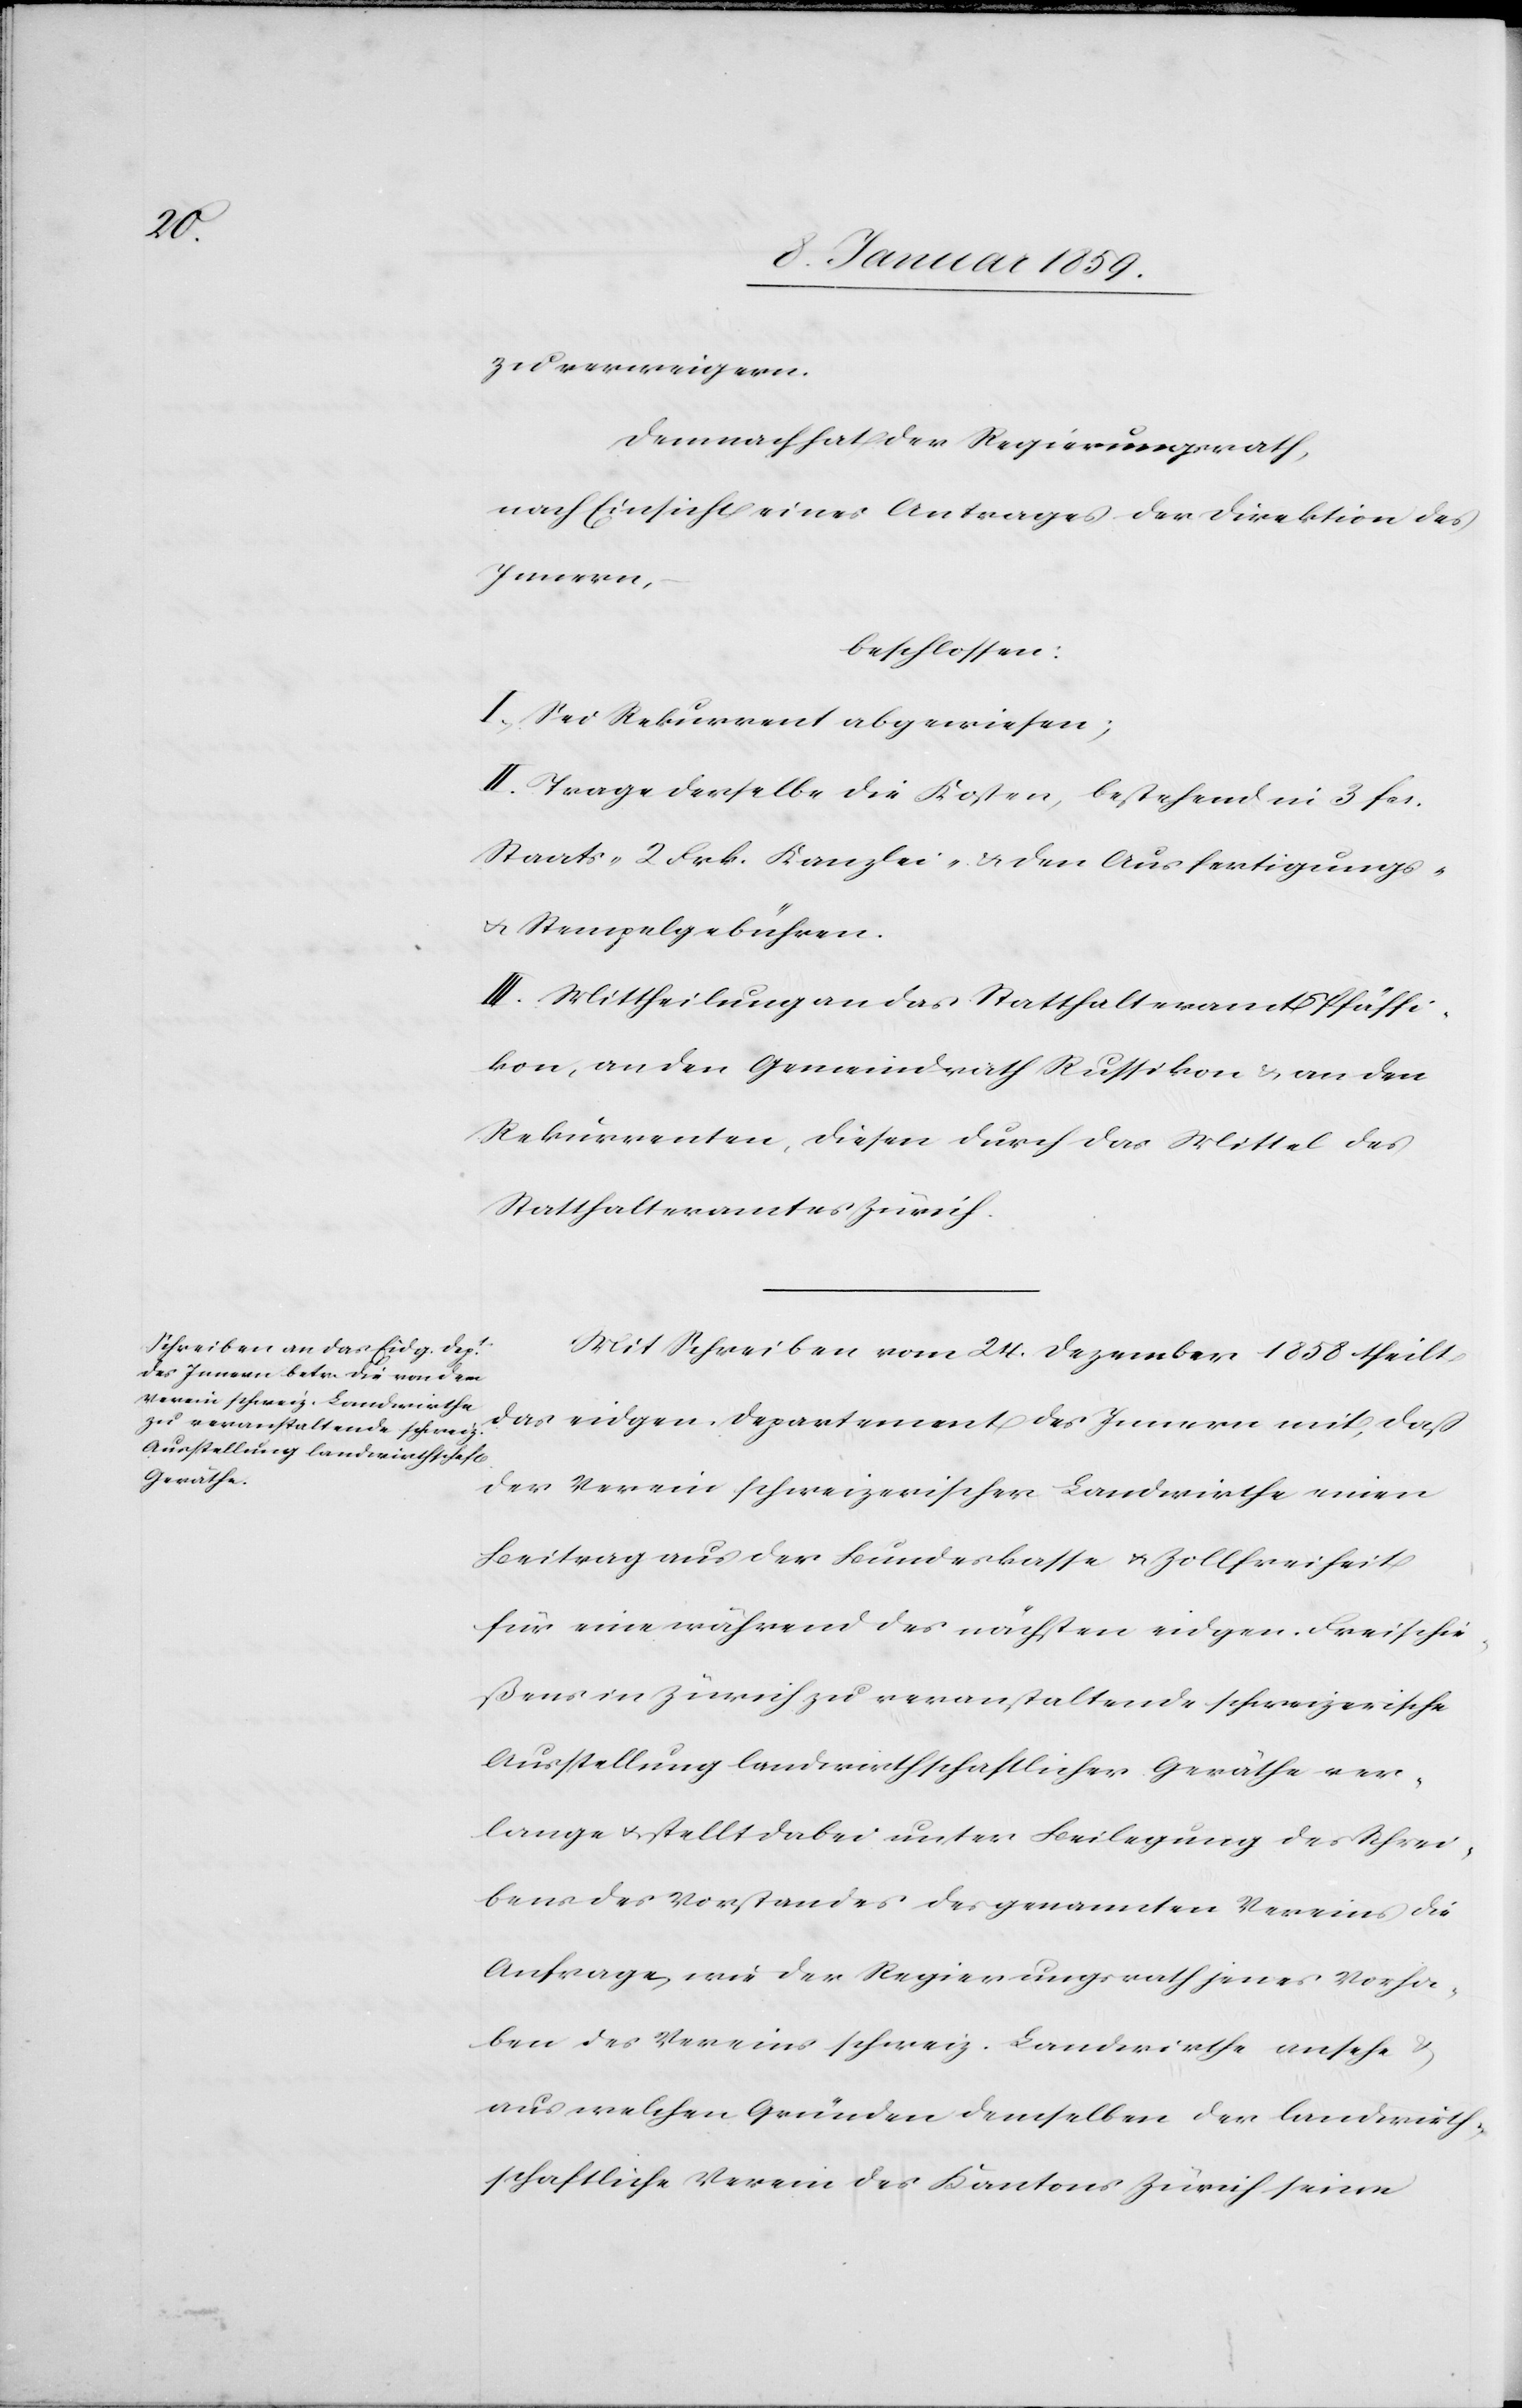
zu verweigern.
Demnach hat der Regierungsrath,
nach Einsicht eines Antrages der Direktion des
Innen,
beschlossen:
I. Sei Rekurrent abgewiesen;
II. Trage derselbe die Kosten, bestehend in 3 fcs.
Staats- 2 Frk. Kanzlei- u. den Ausfertigungs-
u. Stempelgebühren.
III. Mittheilung an das Statthalteramt Pfäffi¬
kon, an den Gemeindrath Russikon u. an den
Rekurrenten, diesen durch das Mittel des
Statthalteramtes Zürich.
Mit Schreiben vom 24. Dezember 1858 theilt
das eidgen. Departement des Innern mit, daß
der Verein schweizerischer Landwirthe einen
Beitrag aus der Bundeskasse u. Zollfreiheit
für eine während des nächsten eidgen. Freischie¬
ßens in Zürich zu veranstaltende schweizerische
Ausstellung landwirthschaftlicher Geräthe ver¬
lange u. stellt dabei unter Beilegung des Schrei¬
bens des Vorstandes des genannten Vereins die
Anfrage, wie der Regierungsrath jenes Vorha¬
ben des Vereins schweiz. Landwirthe ansehe u.
aus welchen Gründen demselben der landwirth¬
schaftliche Verein des Kantons Zürich seine